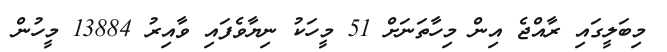
މިބަލީގައި ރާއްޖެ އިން މިހާތަނަށް 51 މީހަކު ނިޔާވެފައި ވާއިރު 13884 މީހުން